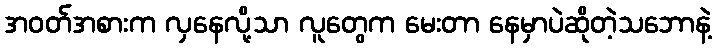
အဝတ်အစားက လှနေလို့သာ လူတွေက မေးတာ နေမှာပဲဆိုတဲ့သဘောနဲ့